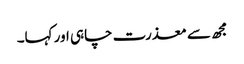
مجھ سے معذرت چاہی اور کہا۔